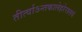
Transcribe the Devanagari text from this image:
तीर्त्वाऽन्तकालेहरेरालयं